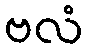
ဗလံ